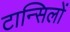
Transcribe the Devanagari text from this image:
टान्सिलों